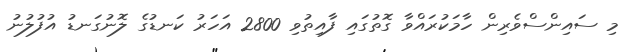
މި ސައިންސްވެރިން ހާމަކުރައްވާ ގޮތުގައި ފާއިތުވި 2800 އަހަރު ކަނޑުގެ ލޮނުގަނޑު އުފުލުނު